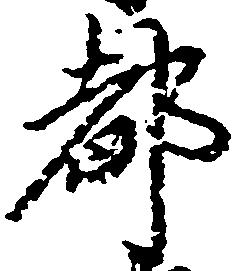
都